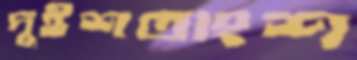
দুইশতাংশ